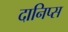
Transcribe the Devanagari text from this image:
दानिप्स